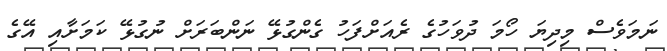
ނަމަވެސް މިދިޔަ ހޯމަ ދުވަހުގެ ރެއަށްފަހު ގެންގުޅޭ ނަންބަރަށް ނުގުޅޭ ކަމަށާއި އޭގެ